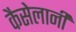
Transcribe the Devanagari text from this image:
कैसेलानी